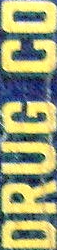
DRUG CO